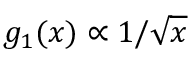
g _ { 1 } ( x ) \propto 1 / \sqrt { x }